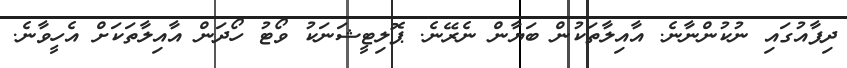
ދިފާއުގައި ނުކުންނާނެ. އާއިލާތަކުން ބަޔާން ނެރޭނެ. ޕޮލިޓީޝަނަކު ވޯޓު ހޯދަން އާއިލާތަކަށް އެހީވާނެ.